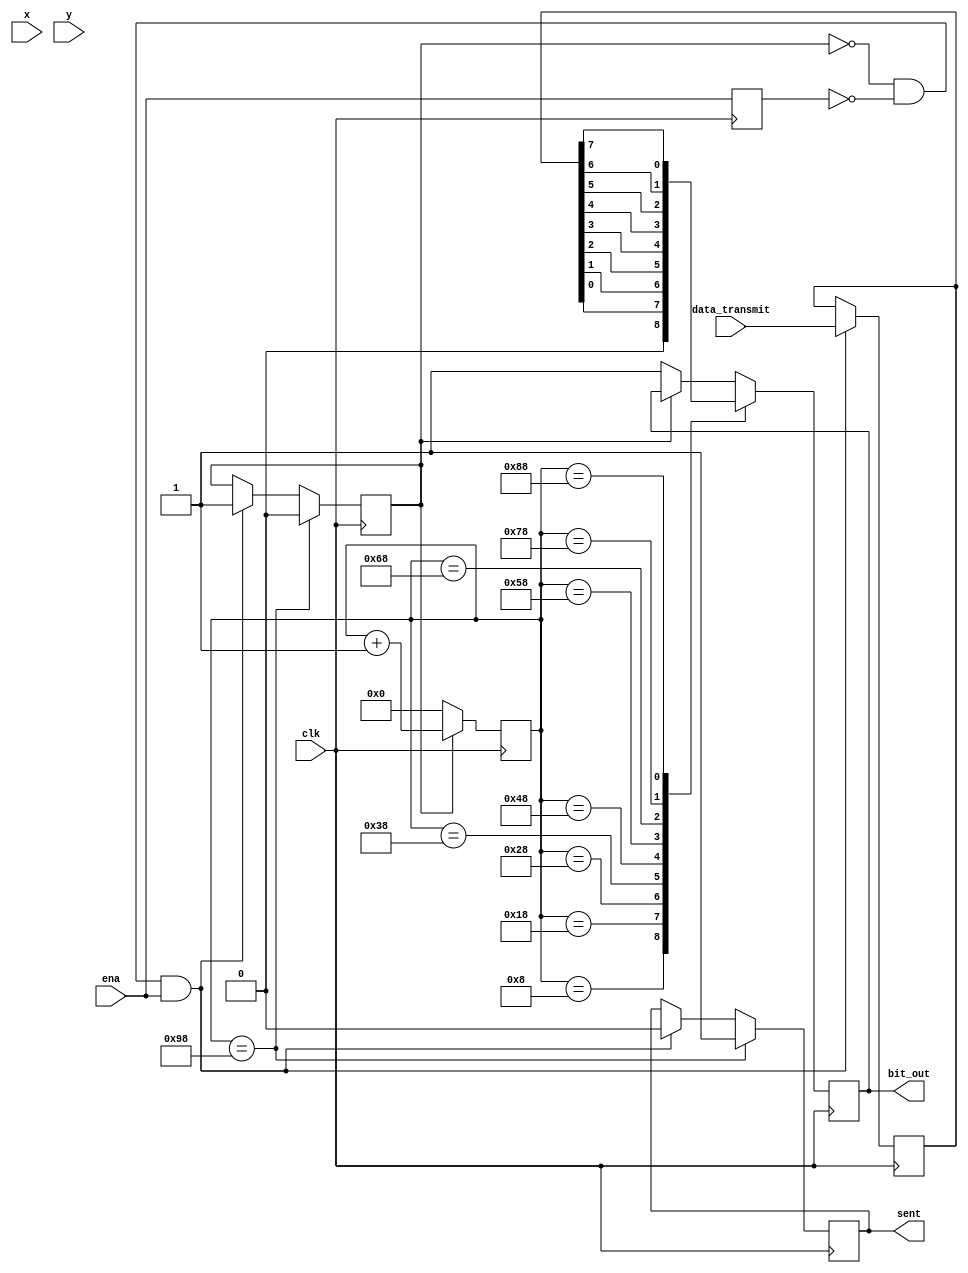
`timescale 1ns / 1ps
//////////////////////////////////////////////////////////////////////////////////
// Company: 
// Engineer: 
// 
// Design Name: 
// Module Name: uart_tx
// Project Name: 
// Target Devices: 
// Tool Versions: 
// Description: 
// 
// Dependencies: 
// 
// Revision:
// Revision 0.01 - File Created
// Additional Comments:
// 
//////////////////////////////////////////////////////////////////////////////////


module uart_tx(
    input clk,
    input x,
    input y,
    input [7:0] data_transmit,
    input ena,
    output reg sent,
    output reg bit_out
    );
    wire refresh_tick;
    assign refresh_tick = ((y == 481) && (x == 0)) ? 1 : 0; // start of vsync(vertical retrace)
    
    
    reg last_ena;
    reg sending = 0;
    reg [7:0] count;
    reg [7:0] temp;
    
    always@(posedge clk) begin
        if (~sending & ~last_ena & ena) begin
            temp <= data_transmit;
            sending <= 1;
            sent <= 0;
            count <= 0;
        end
        
        last_ena <= ena;
        
        if (sending)    count <= count + 1;
        else            begin count <= 0; bit_out <= 1; end
        
        // sampling every 16 ticks
        case (count)
            8'd8: bit_out <= 0;
            8'd24: bit_out <= temp[0];  
            8'd40: bit_out <= temp[1];
            8'd56: bit_out <= temp[2];
            8'd72: bit_out <= temp[3];
            8'd88: bit_out <= temp[4];
            8'd104: bit_out <= temp[5];
            8'd120: bit_out <= temp[6];
            8'd136: bit_out <= temp[7];
            8'd152: begin sent <= 1; sending <= 0; end
        endcase
    end
endmodule